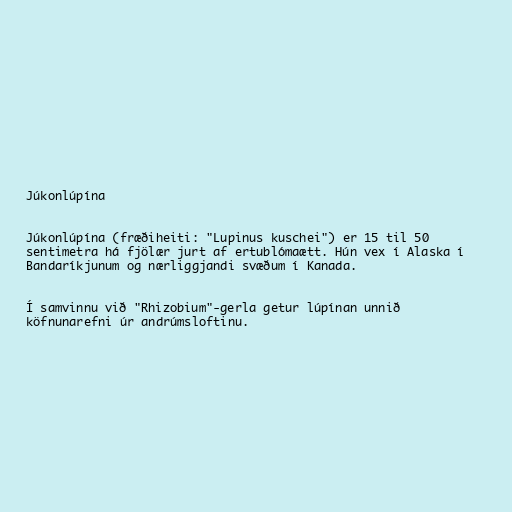
Júkonlúpína

Júkonlúpína (fræðiheiti: "Lupinus kuschei") er 15 til 50
sentimetra há fjölær jurt af ertublómaætt. Hún vex í Alaska í
Bandaríkjunum og nærliggjandi svæðum í Kanada.

Í samvinnu við "Rhizobium"-gerla getur lúpínan unnið
köfnunarefni úr andrúmsloftinu.